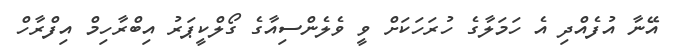
އޭނާ އުފެއްދި އެ ހަމަލާގެ ހުރަހަކަށް ވީ ވެލެންސިއާގެ ގޯލްކީޕަރު އިބްރާހިމް އިފްރާހް